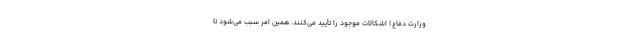
وزارت دفاع) اشکالات موجود را تأیید می‌کنند. همین امر سبب می‌شود تا